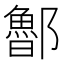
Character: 𨟇